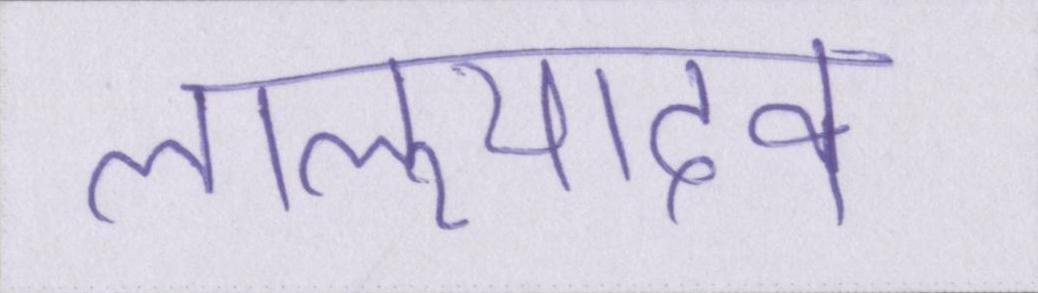
लालूयादव